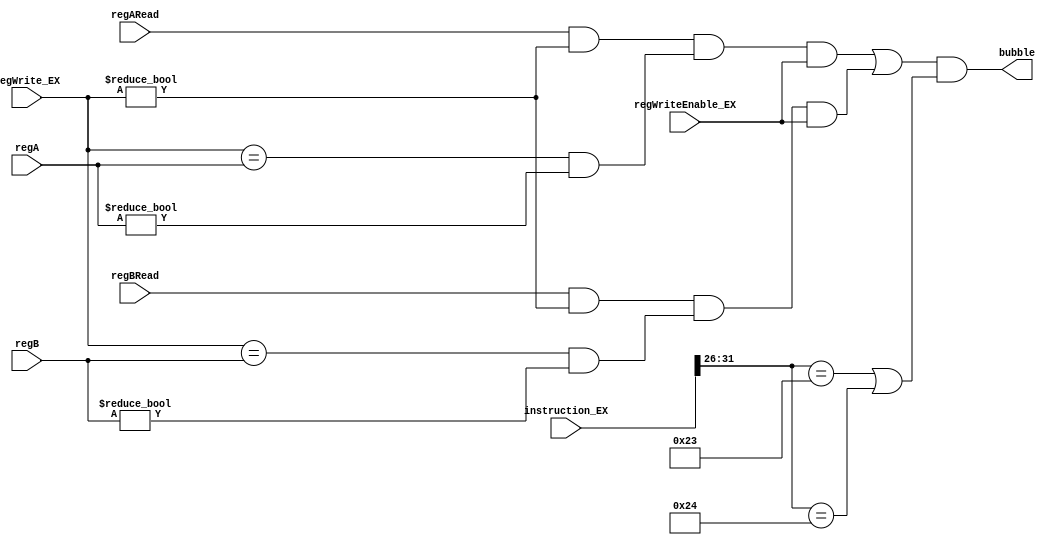
`timescale 1ns / 1ps
//////////////////////////////////////////////////////////////////////////////////
// Company: HUST
//
// Design Name:
// Module Name: bubble
// Project Name:
// Target Devices:
// Tool Versions:
// Description:
//
// Dependencies:
//
// Revision:
// Revision 0.01 - File Created
// Additional Comments:
//
//////////////////////////////////////////////////////////////////////////////////


// bubble generator
module Bubble(
        input wire regARead,
        input wire regBRead,
        input wire[4: 0] regA,
        input wire[4: 0] regB,
        input wire regWriteEnable_EX,
        input wire[4: 0] regWrite_EX,
        input wire[31: 0] instruction_EX,
        output wire bubble
    );
    assign bubble = (
            ((regARead && (regWrite_EX != 0)) && ((regWrite_EX == regA) && (regA != 0)) && regWriteEnable_EX) ||
            ((regBRead && (regWrite_EX != 0)) && ((regWrite_EX == regB) && (regB != 0)) && regWriteEnable_EX)
        ) && ( instruction_EX[31: 26] == 6'h23 || instruction_EX[31: 26] == 6'h24);
endmodule